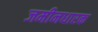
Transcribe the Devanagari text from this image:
जमीनधारक